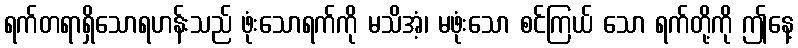
ရက်တရာရှိသောရဟန်းသည် ဖုံးသောရက်ကို မသိအံ့၊ မဖုံးသော စင်ကြယ် သော ရက်တို့ကို ဤနေ့